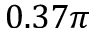
0 . 3 7 \pi